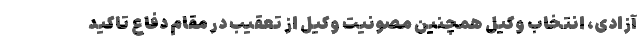
آزادی، انتخاب وکیل همچنین مصونیت وکیل از تعقیب در مقام دفاع تاکید